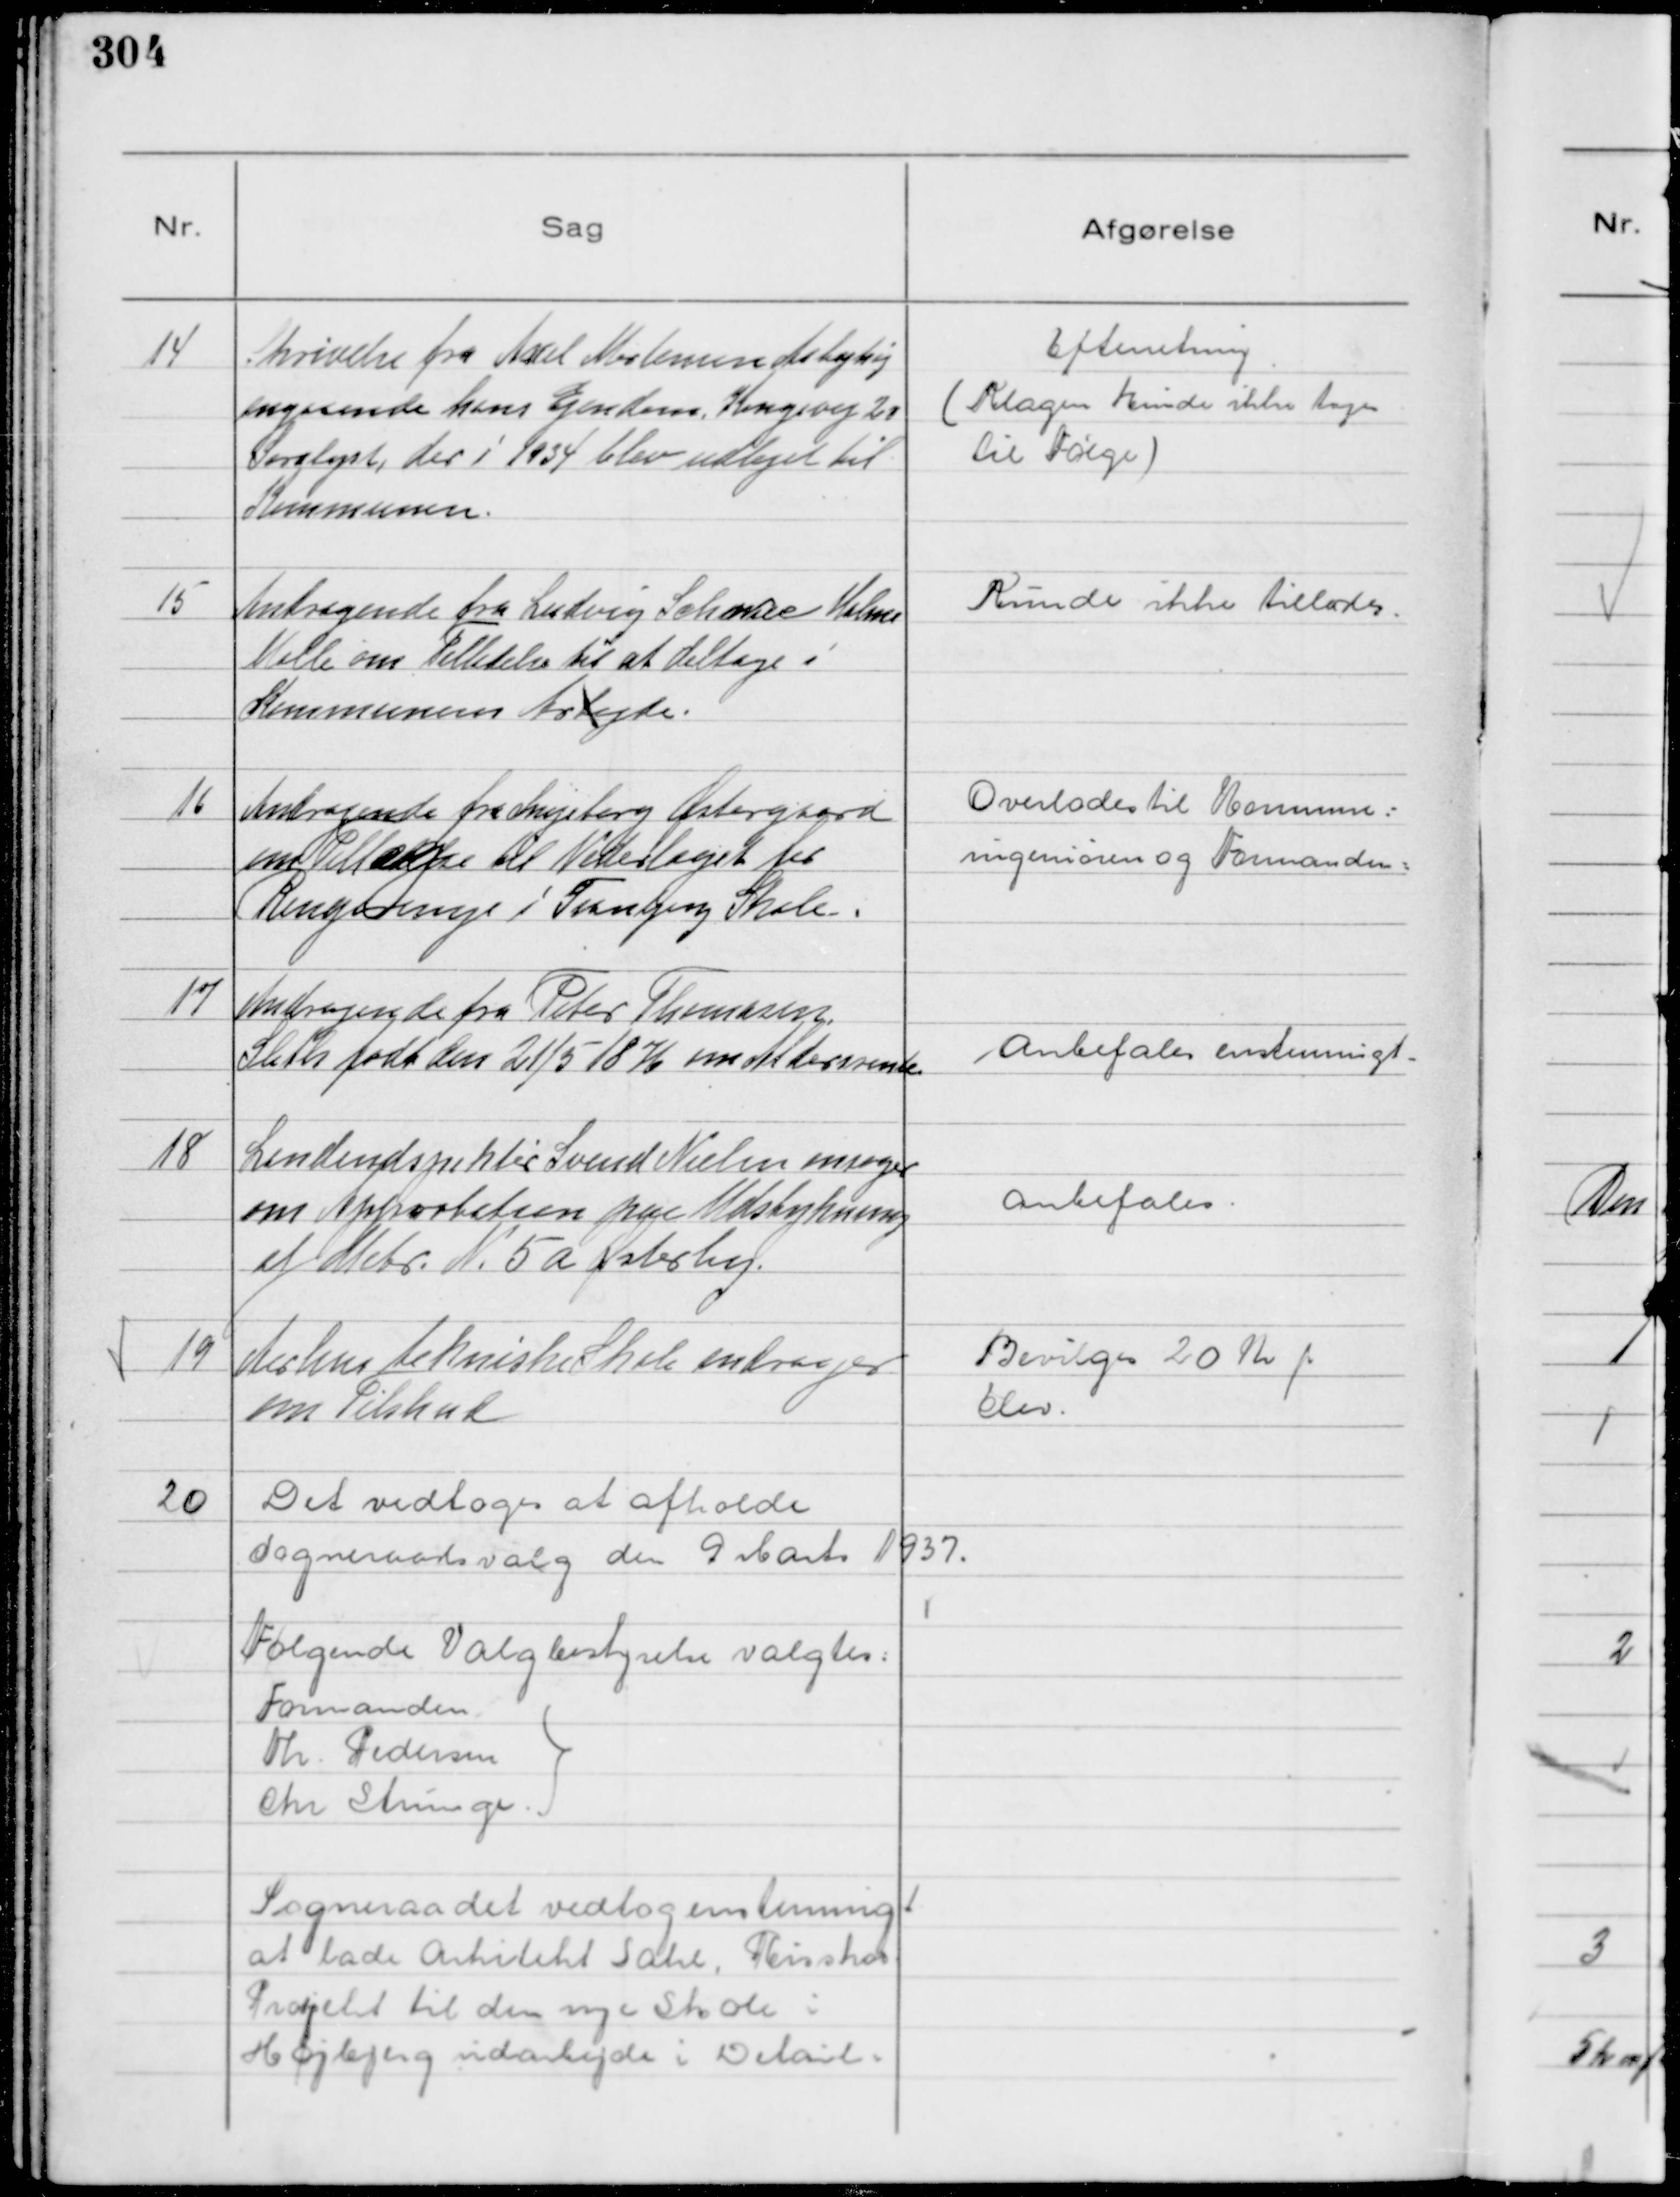
Transskription:
14
Skrivelse fra Axel Mortensen Aabyhøj
angaaende hans Ejendom Kongevej 20
Saralyst, der i 1934 blev udlejet til
Kommunen.

Efterretning
( Klagen kunde ikke tages
til Følge )

15
Andragende fra Ludvig Schanke Holme
Mølle om Tilladelse til at deltage i
Kommunens Arbejde.

Kunde ikke tillades.

16
Andragende fra Snejeberg Østergaard
om Tillæggelse til Vederlaget for
Rengøring i Tranbjerg Skole.

Overlades til Kommune=
ingeniøren og Formanden:

17
Andragende fra Peter Thomasen.
Sleth født den 21/5 1876 om Aldersrente

Anbefales enstemmigt -

18
Landindspektør Svend Nielsen ansøger
om Apporbation paa Udstykning
af Matr. N. 5 a Østerby.

Anbefales.

19
Aarhus tekniske Skole andrager
om Tilskud

Bevilges 20 Kr pr
Elev.

20
Det vedtoges at afholde
Sogneraadsvalg den 9 Marts 1937.
Følgende Valgbestyrelse valgtes:
Formanden
Th. Pedersen
Chr Strunge.

Sogneraadet vedtog enstemmigt
at lade Arkitekt Sahl, Risskov
Projekt til den nye Skole i
Højberg udarbejde i Detail=